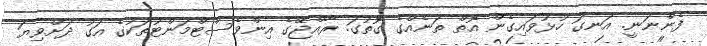
ފެންނަނީ. އަނގަ ހުޅުވައިގެން އޮތް ތަނެއްގެ ގޮތުގަ. ރާއްޖޭގެ އިންވެސްޓްމަންޓުތަކުގެ އަގު ދަށްވިޔަ